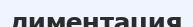
диментация